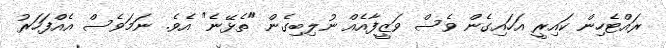
ރައްޓެހިން ކައިރީ އަހައިގެން ވެސް ވަޒީފާއެއް ނުލިބިގެން "ތެޅޭނެ" އެވެ. ނަމަވެސް އެއްފަހަރު